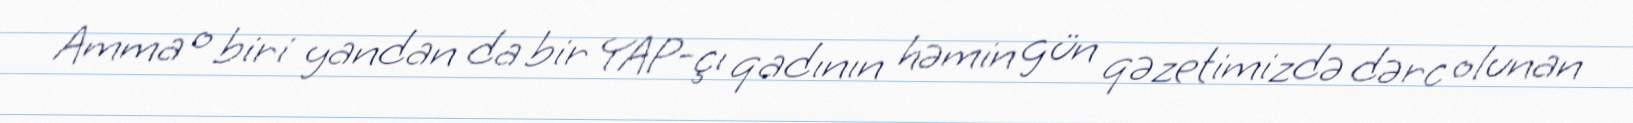
Amma o biri yandan da bir YAP-çı qadının həmin gün qəzetimizdə dərc olunan